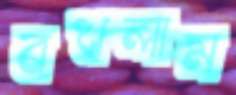
বখলাম